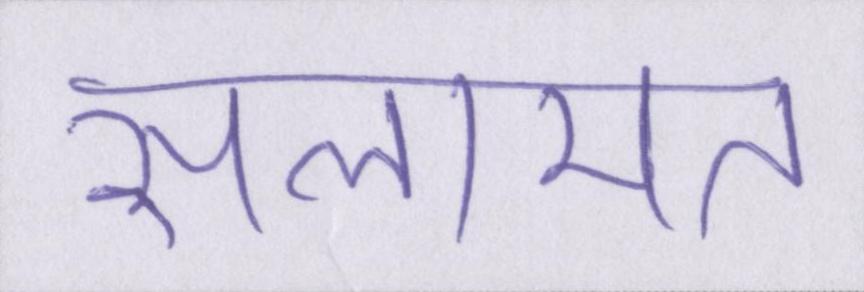
सलामत